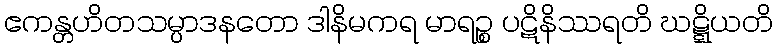
ဧကန္တဟိတသမ္ပာဒနတော ဒါနိမကရ မာရဉ္စ ပဋိနိဿရတိ ဃဋ္ဋိယတိ